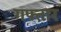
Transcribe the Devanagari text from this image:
गफ्तार